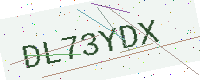
Text: DL73YDX